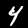
Digit: 4